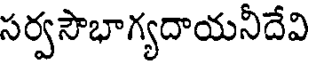
సర్వసౌభాగ్యదాయనీదేవి